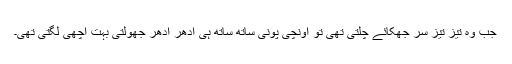
جب وہ تیز تیز سر جھکائے چلتی تھی تو اونچی پونی ساتھ ساتھ ہی ادھر ادھر جھولتی بہت اچھی لگتی تھی۔